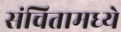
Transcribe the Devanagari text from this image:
संचितामध्ये